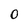
Character: 0